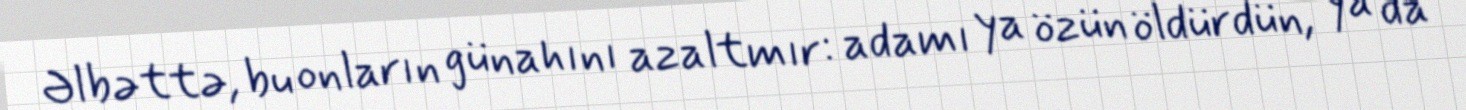
Əlbəttə, bu onların günahını azaltmır: adamı ya özün öldürdün, ya da